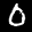
Label: 0